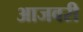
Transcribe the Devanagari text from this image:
आजवरी